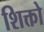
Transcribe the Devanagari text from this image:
शिक्तो